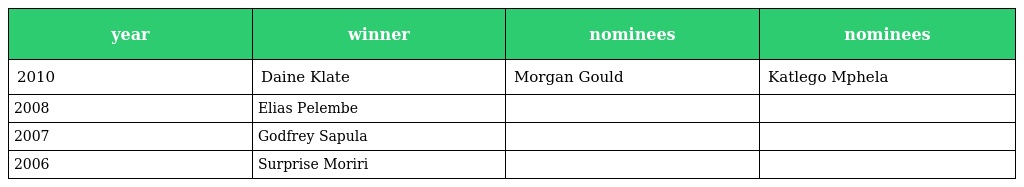
| year | winner | nominees | nominees |
 | --- | --- | --- | --- |
 | 2010 | Daine Klate | Morgan Gould | Katlego Mphela |
 | 2008 | Elias Pelembe |  |  |
 | 2007 | Godfrey Sapula |  |  |
 | 2006 | Surprise Moriri |  |  |